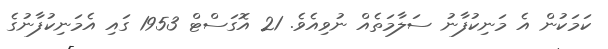
ކަމަކުން އެ މަނިކުފާނު ސަލާމަތެއް ނުވިއެވެ. 21 އޮގަސްޓް 1953 ގައި އެމަނިކުފާނުގެ